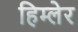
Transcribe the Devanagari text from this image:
हिम्लेर